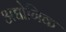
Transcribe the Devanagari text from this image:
अद्योगिक